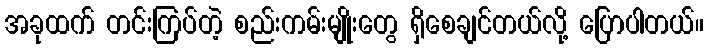
အခုထက် တင်းကြပ်တဲ့ စည်းကမ်းမျိုးတွေ ရှိစေချင်တယ်လို့ ပြောပါတယ်။